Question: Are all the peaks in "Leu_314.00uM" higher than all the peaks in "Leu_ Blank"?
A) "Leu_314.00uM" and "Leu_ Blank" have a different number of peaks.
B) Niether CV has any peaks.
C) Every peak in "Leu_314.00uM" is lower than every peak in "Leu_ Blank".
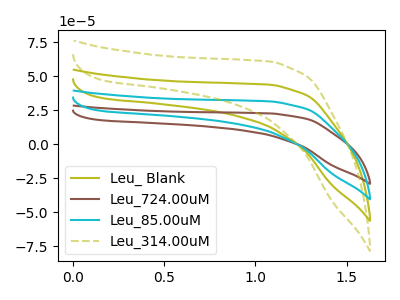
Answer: <think>The olive curve "Leu_ Blank" has no peaks. The brown curve "Leu_724.00uM" has no peaks. The cyan curve "Leu_85.00uM" has no peaks. The olive dashed curve "Leu_314.00uM" has no peaks.</think>
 <answer>B) Niether CV has any peaks.</answer>
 <eval>B</eval>